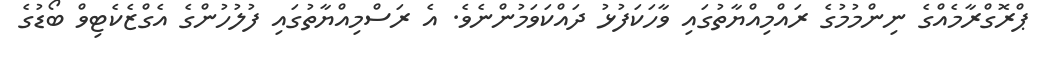
ޕްރޮގްރާމެއްގެ ނިންމުމުގެ ރައްމިއްޔާތުގައި ވާހަކަފުޅު ދައްކަވަމުންނެވެ. އެ ރަސްމިއްޔާތުގައި ފުލުހުންގެ އެގްޒެކެޓިވް ބޯޑުގެ